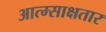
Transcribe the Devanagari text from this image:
आत्म्साक्षतार